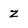
Character: z